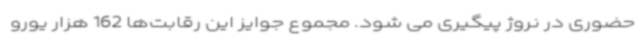
حضوری در نروژ پیگیری می شود. مجموع جوایز این رقابت‌ها 162 هزار یورو